Indian Civil Veterinary Department memoirs
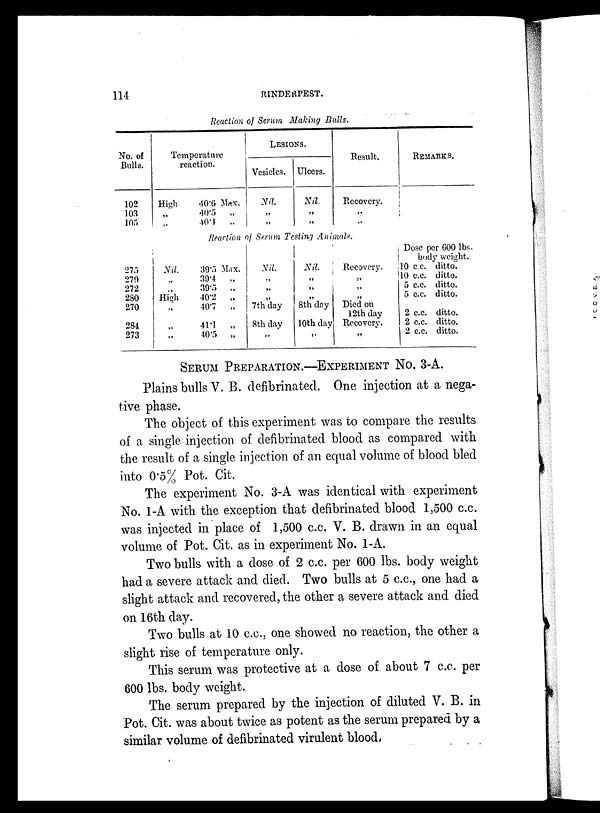
114
RINDERPEST.
Reaction of Serum Making Bulls.
No. of
Bulls.
102
103
105
Temperature
reaction.
High
„
40.6 Max.
40.5
„
40.4
„
LESIONS.
Vesicles.
Nil.
„
„
Ulcers.
Nil.
„
„
Result.
Recovery.
„
„
REMARKS.
Reaction of Serum Testing Animals.
275
279
272
280
270
284
273
Nil.
„
„
High
„
„
„
39.5 Max.
39.4
„
39.5
„
40.2
„
40.7
„
41.1
„
40.5
„
Nil.
„
„
„
7th day
8th day
„
Nil.
„
„
„
8th day
10th day
„
Recovery.
„
„
„
Died on
12th day
Recovery.
„
Dose per 600 lbs.
body weight.
10 c.c. ditto.
10 c.c. ditto.
5 c.c. ditto.
5 c.c. ditto.
2 c.c. ditto.
2 c.c. ditto.
2 c.c. ditto.
SERUM PREPARATION.-EXPERIMENT No. 3-A.
Plains bulls V. B. defibrinated. One injection at a nega-
tive phase.
The object of this experiment was to compare the results
of a single injection of defibrinated blood as compared with
the result of a single injection of an equal volume of blood bled
into 0.5% Pot. Cit.
The experiment No. 3-A was identical with experiment
No. 1-A with the exception that defibrinated blood 1,500 c.c.
was injected in place of 1,500 c.c. V. B. drawn in an equal
volume of Pot. Cit. as in experiment No. 1-A.
Two bulls with a dose of 2 c.c. per 600 lbs. body weight
had a severe attack and died. Two bulls at 5 c.c., one had a
slight attack and recovered, the other a severe attack and died
on 16th day.
Two bulls at 10 c.c., one showed no reaction, the other a
slight rise of temperature only.
This serum was protective at a dose of about 7 c.c. per
600 lbs. body weight.
The serum prepared by the injection of diluted V. B. in
Pot. Cit. was about twice as potent as the serum prepared by a
similar volume of defibrinated virulent blood.